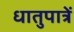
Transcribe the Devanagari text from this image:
धातुपात्रें